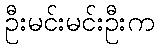
ဦးမင်းမင်းဦးက